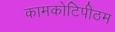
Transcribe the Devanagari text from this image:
कामकोटिपीठम